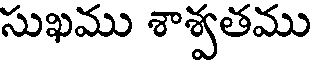
సుఖము శాశ్వతము